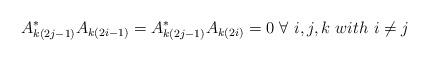
LaTeX: \begin{align*} A_{k(2j-1)}^*A_{k(2i-1)} = A_{k(2j-1)}^*A_{k(2i)} = 0 \ \forall \ i,j,k \ with \ i \neq j \end{align*}